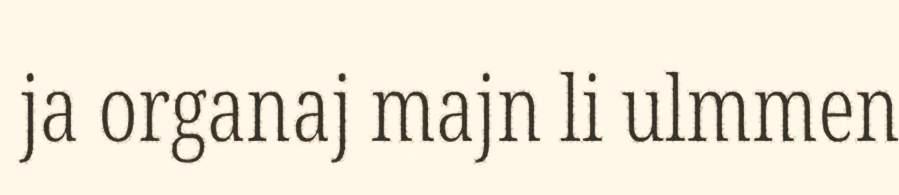
ja organaj majn li ulmmen